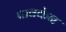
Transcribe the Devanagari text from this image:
पावकेन